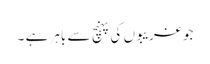
جو غریبوں کی پہنچ سے باہر ہے ۔